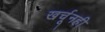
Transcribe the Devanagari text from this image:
खर्चूनही